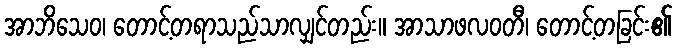
အာဘိသေဝ၊ တောင့်တရာသည်သာလျှင်တည်း။ အာသာဖလဝတီ၊ တောင့်တခြင်း၏